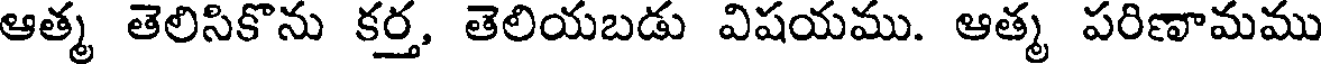
ఆత్మ తెలిసికొను కర్త, తెలియబడు విషయము. ఆత్మ పరిణామము